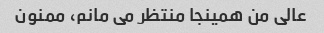
عالی من همینجا منتظر می مانم، ممنون